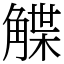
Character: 䚢